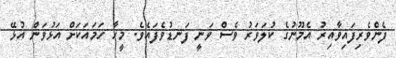
ފެންވެރިފައިވާއިރު އެމޫނުގެ ކުލަވަރު ވެސް ވަނީ ފަނޑުވެފައެވެ. މީހާ ހަމައަކަށް އަޅުވަން އުޅޭ